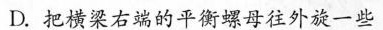
D.把横梁右端的平衡螺母往外旋一些